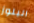
البلوز